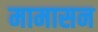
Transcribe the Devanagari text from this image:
मामासन